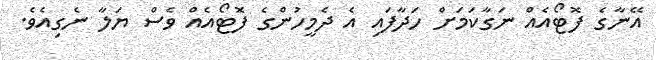
އޭނާގެ ފޮޓޯއެއް ނަގާކަމަށް ހަދާފައި އެ ދެމީހުންގެ ފޮޓޯއެއް ވެސް ޔަލާ ނެގިއެވެ.